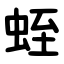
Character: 蛭